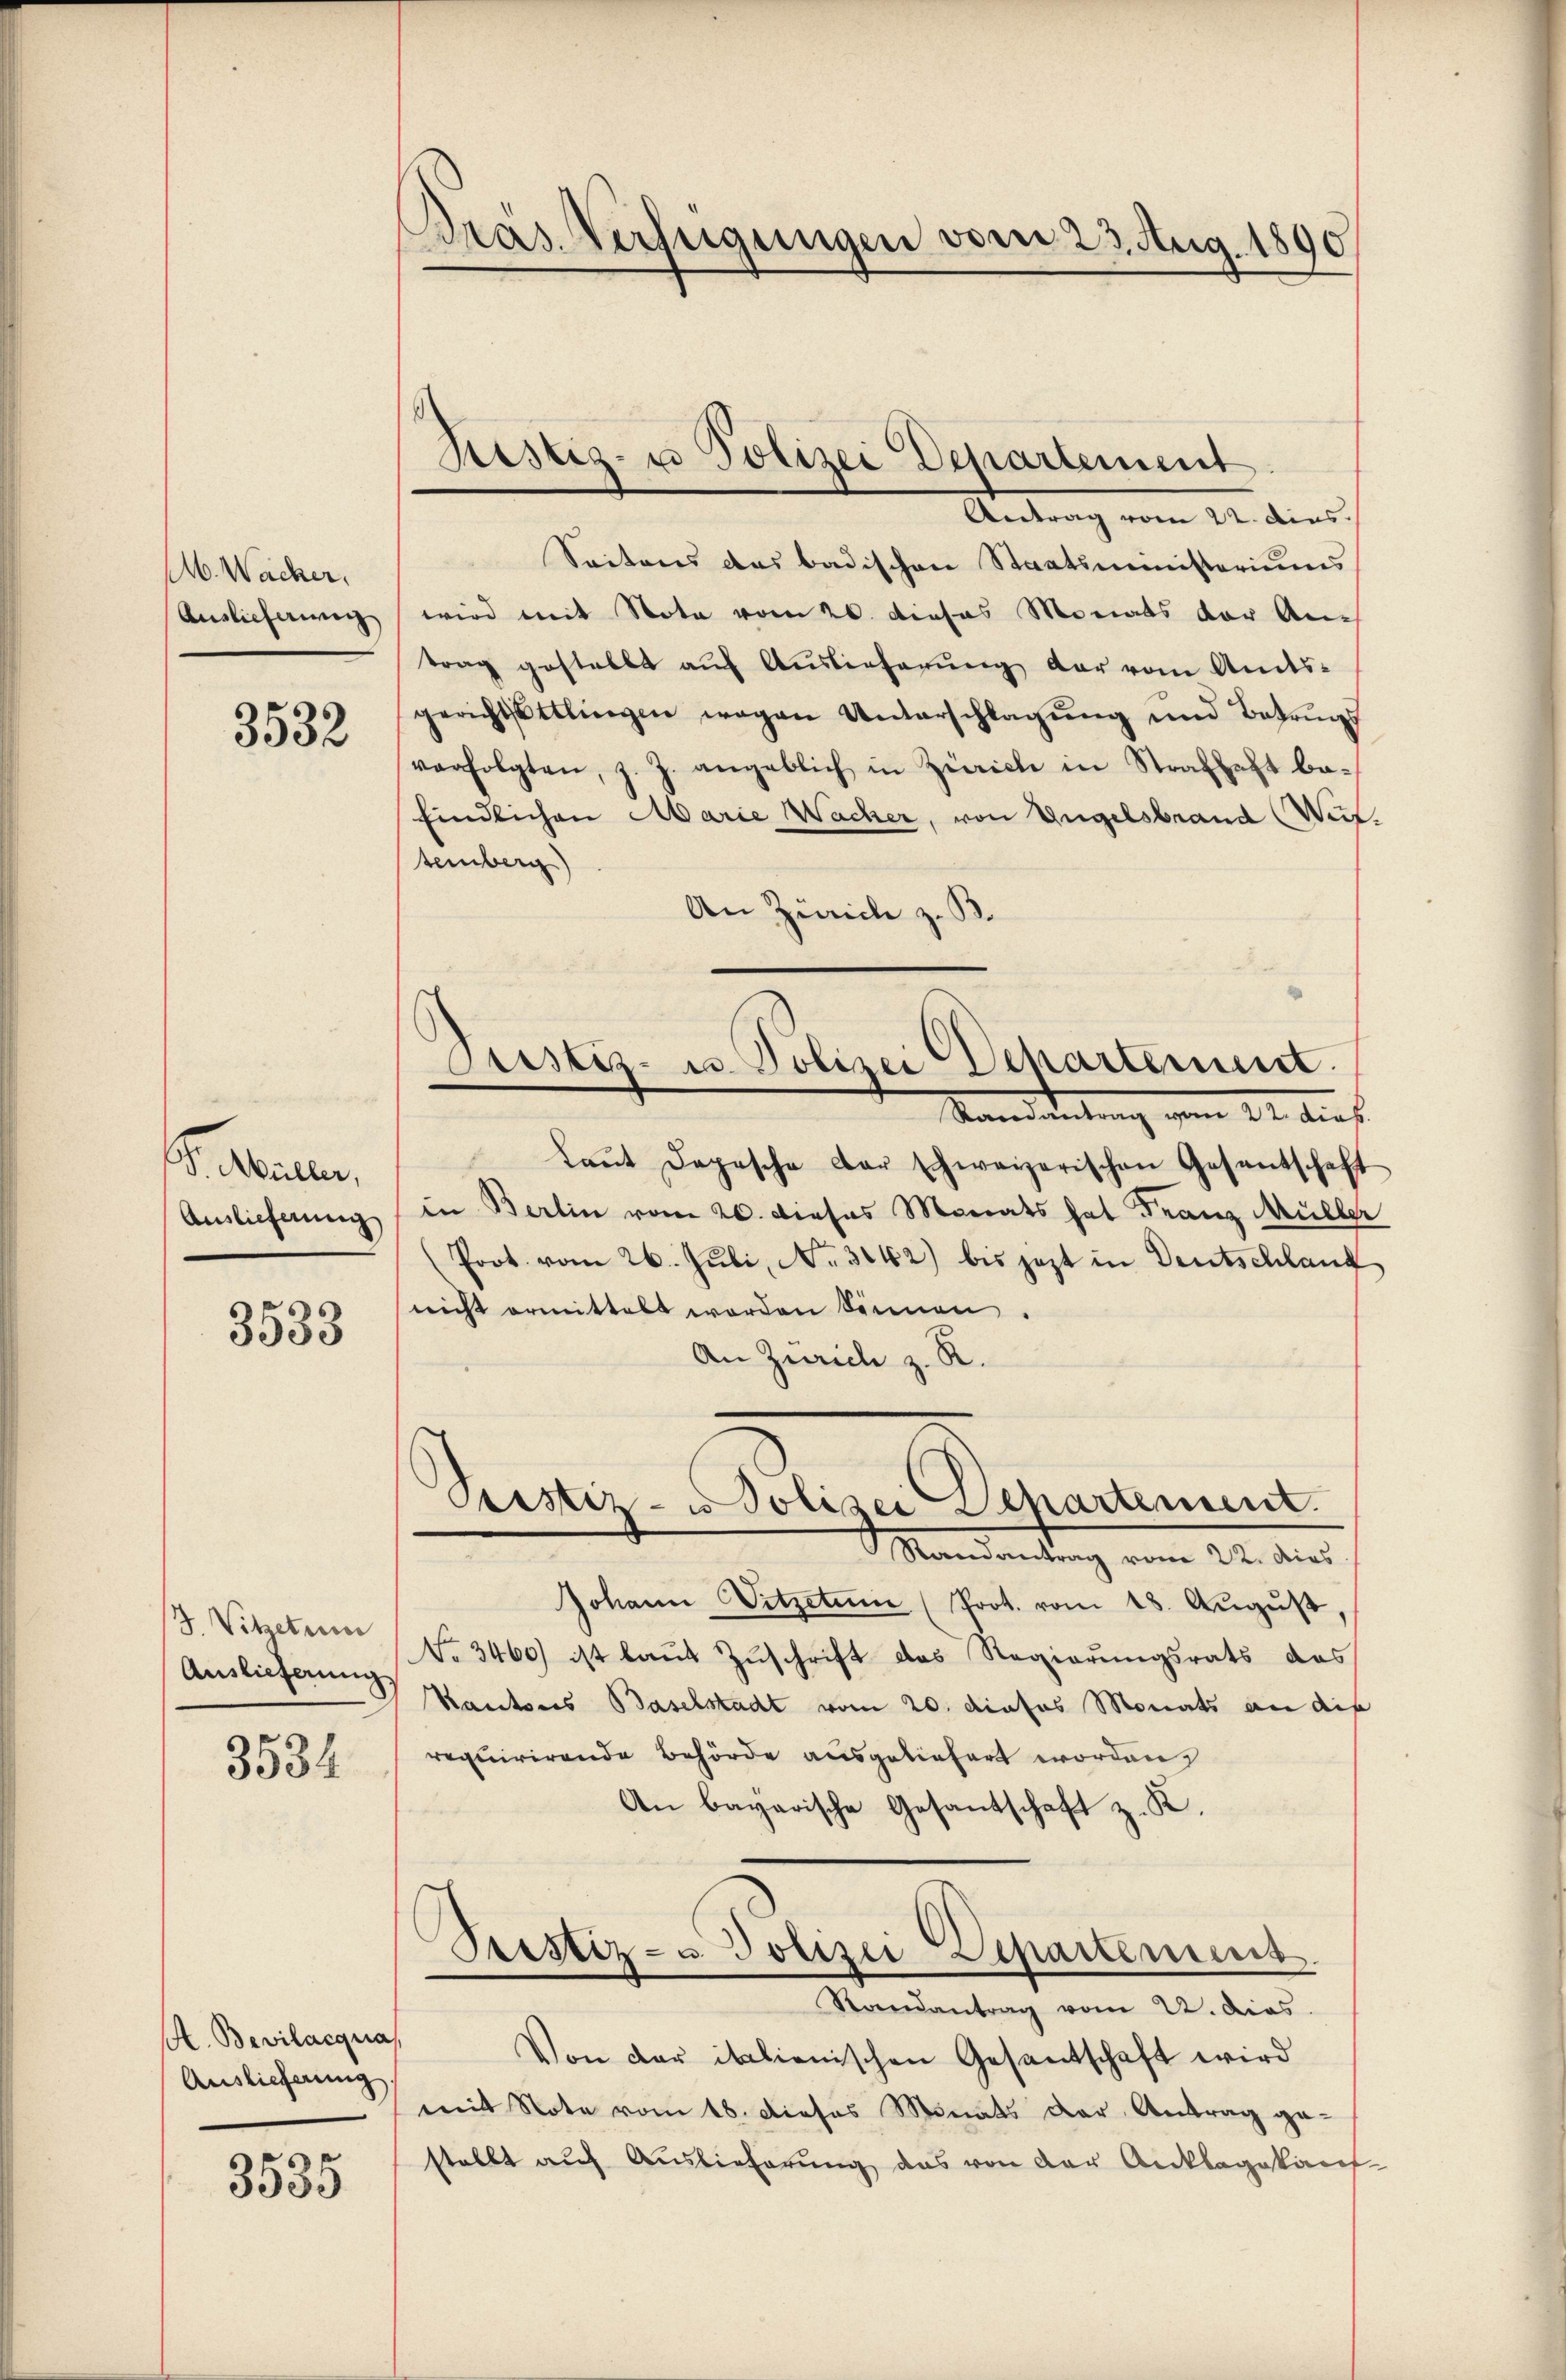
M. Wacher,
Auslicherung

3532

Stellen,
Auslieferung

3533

S. Vitzetum
Auslieferung

3534

A. Bevilaequa
Auslieferung

3535

Präs. Verfügungen vom 23. Aug. 1890

Ristig- u Polizei Departement

Justiz- u. Polizei Departement.
Vandantung vom 24. dies

Antrag vom 24. dies
Seitens das badischen Staatsministeriums
wird mit Nota vom 20. dieses Monats der An-
trag gestellt aŭf Auslieferŭng der vom Amts-
gerichtsttlingen wegen Unterschlagŭng und Bahruns
verfolgten, z. Z. angeblich in Zürich in Strafhaft be-
findlichen Marie Wacher, von Engelsbrand Weil
temberg)
An Zürich z. B.
Laŭt Depesche Dar schweizerischen Gesentschaft
in Berlin vom 20. dieses Monats hat Franz Müller
(Poot vom 26. Juli, No. 3142) bis jezt in Deutschland
nicht ermittelt worden können.
An Zürich z. R.
Peistiz- u Polizei Departement.
Mandantrag vom 22. dies
Johann Vitzetum (Prot. vom 18. Aŭgŭst,
No 3460) ist laut Zuschrift das Regierungsrats das
Kantons Baselstadt vom 20. dieses Monats an die
requirirende Behörde ausgeliefert worden,
An bayarische Gesantschaft z. K.
s

Prestiz- u Polizei Separtement
Randantrag vom 22. dies
Von der italienischen Gesantschaft wird
mit Note vom 18. Dieses Monats der Antrag gestellt auf Auslieferung das von der Anklagekauf

e